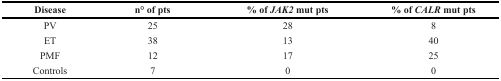
| Disease | n° of pts | % of JAK2 mut pts | % of CALR mut pts |
 | --- | --- | --- | --- |
 | PV | 25 | 28 | 8 |
 | ET | 38 | 13 | 40 |
 | PMF | 12 | 17 | 25 |
 | Controls | 7 | 0 | 0 |